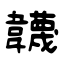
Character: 韤